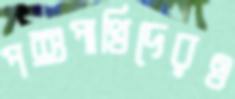
পশুপাখিদেরও